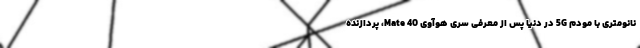
نانومتری با مودم 5G در دنیا پس از معرفی سری هوآوی Mate 40، پردازنده